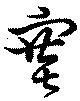
塞